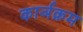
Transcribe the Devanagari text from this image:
कार्ञक्रम